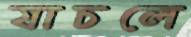
যাচলে